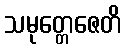
သမုတ္တေဇေတိ